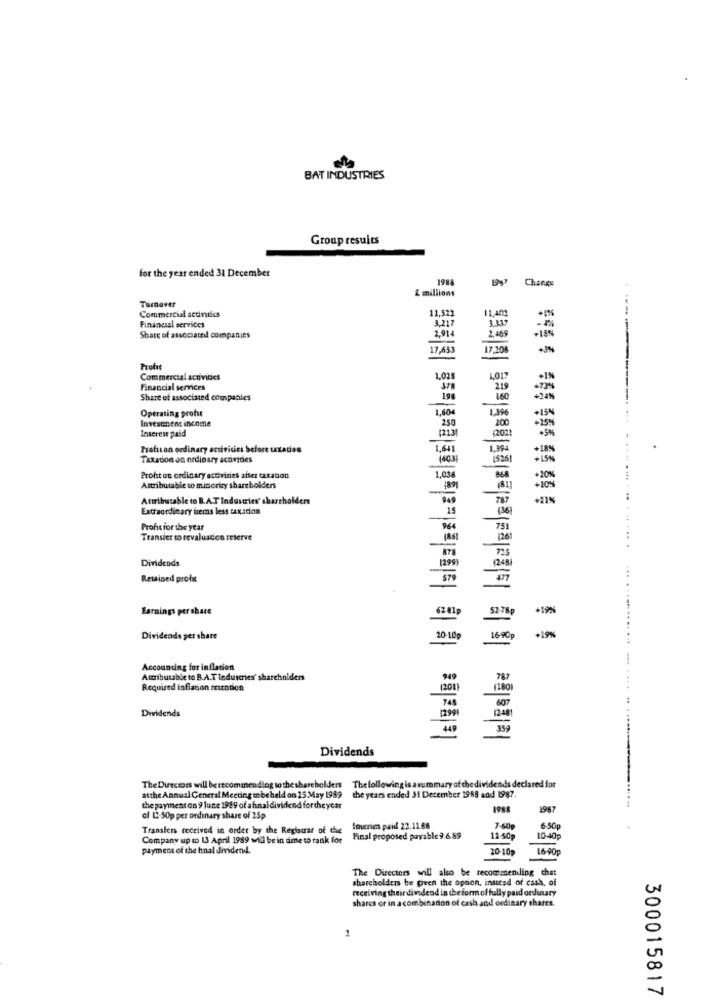
BAT INDUSTRIES
Group results
for the year ended 31 December
1984
1947
Change
£ millions
Turnover
Commercial activiics
11,522
11,402
Financial services
3.217
2,914
2.469
Share of associated companies
17,653
17,208
-3%
.-----
Prohe
Commercial activities
1.02
Financial services
378
219
Share of associated companies
160
+24%
Operating profit
1,604
Investment income
250
200
+15%
Inserese paid
(2131
42021
Proficon ordinary activities before taxaden
Taxation on ordinary acaivides
1600
15261
Proht on ordinary activities after taxation
1,03
Attributable to minority shareholders
Attributable to B.A.T Industries' shareholders
-
+21%
Extraordinary hems less taxation
Profit for the year
751
Transier to revaluation reserve
Dividends
[299
Retained profx
579
Earnings per share
6201p
52-78p
Dividends per share
20-10p
1690p
+19%
Accounting for inflation
Attributable to B.A.T industries' shareholders
949
Required inflation rication
(201)
1200
745
607
Dividends
(2991
12481
449
359
Dividends
The Directors will be recommendlog to the shareholders
The following is a summary of the dividends declared for
atthe Annual General Meeting en beheld on 25 May 1939
the years ended 31 December 1988 and 1987.
the payment on 9 lune 1989 of afinaldividend forthe year
1988
1987
of L2 50p per ordinary share of 25p
Transfers received in order by the Reglacar of the
Inurie paid 22.11.88
7-40g
6-50p
Company up to 13 April 1989 will be in dime to tank for
Final proposed payable 9.6.89
12-50p
10-40p
Payment of the hnal dividend.
20-10p
1690p
The Directors will also be recommendling chat
shareholders be given the option, instead of cash, of
receiving their dividend in the form of fully paid ordinary
shares or in a combination of cash and ordinary shares.
1
300015817